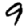
Digit: 9